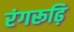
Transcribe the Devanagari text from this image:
रंगरूढ़ि